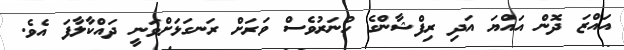
އައްޒަ ދޮން އައްޔަ އަދި ރިފްޝާންގެ ހުނަރުވެސް ވަރަށް ރަނގަޅަށްވަނީ ދައްކާލާފަ އެވެ.